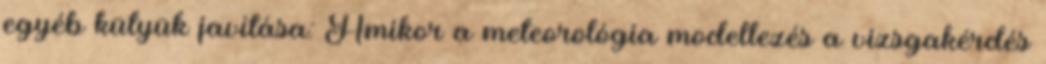
egyéb kütyük javítása: Amikor a meteorológia modellezés a vizsgakérdés